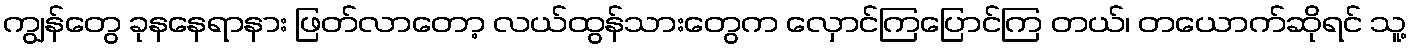
ကျွန်တွေ ခုနနေရာနား ဖြတ်လာတော့ လယ်ထွန်သားတွေက လှောင်ကြပြောင်ကြ တယ်၊ တယောက်ဆိုရင် သူ့